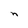
Character: n